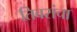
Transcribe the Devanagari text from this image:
तिवरांचा